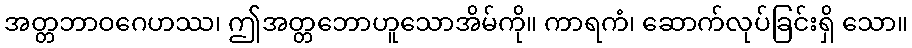
အတ္တဘာဝဂေဟဿ၊ ဤအတ္တဘောဟူသောအိမ်ကို။ ကာရကံ၊ ဆောက်လုပ်ခြင်းရှိ သော။